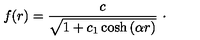
f ( r ) = \frac { c } { \sqrt { 1 + c _ { 1 } \cosh \left( \alpha r \right) } } \ \cdot